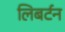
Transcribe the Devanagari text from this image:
लिबर्टन